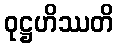
ဝုဋ္ဌဟိဿတိ